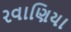
રવાણિયા